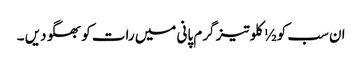
ان سب کو ½ کلو تیز گرم پانی میں رات کو بھگو دیں ۔